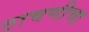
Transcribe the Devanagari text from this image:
टाचणीचा